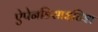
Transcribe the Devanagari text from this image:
ऐपेनडिसाइटिश